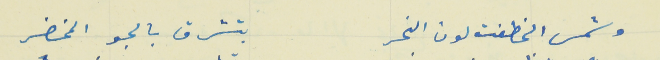
وشمس الخطفت لون النجر                                بتشرق بالجو المخضر